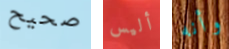
صحيح أليس وأنه